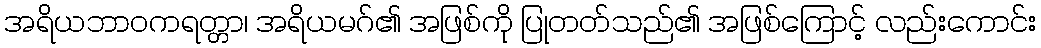
အရိယဘာဝကရတ္တာ၊ အရိယမဂ်၏ အဖြစ်ကို ပြုတတ်သည်၏ အဖြစ်ကြောင့် လည်းကောင်း